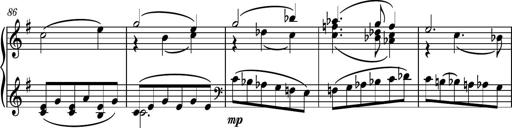
Title: Piano Sonatina No.7
Composer: Dimitri Sykias
Key: G major